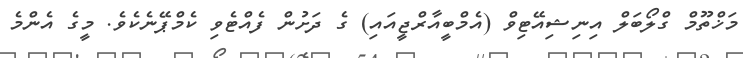
މަޚްތޫމް ގްލޯބަލް އިނިޝިއޭޓިވް (އެމްބީއާރްޖީއައި) ގެ ދަށުން ފެއްޓެވި ކެމްޕޭނެކެވެ. މީގެ އެންމެ